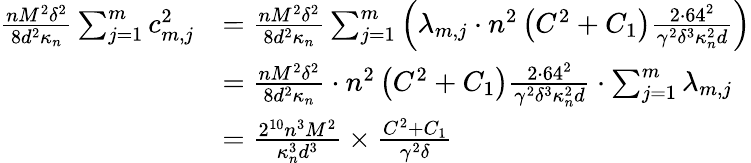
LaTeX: \begin{array}{rl}{\frac{nM^{2}\delta^{2}}{8d^{2}\kappa_{n}}\sum_{j=1}^{m}c_{m,j}^{2}}&{=\frac{nM^{2}\delta^{2}}{8d^{2}\kappa_{n}}\sum_{j=1}^{m}\left(\lambda_{m,j}\cdot n^{2}\left(C^{2}+C_{1}\right)\frac{2\cdot 64^{2}}{\gamma^{2}\delta^{3}\kappa_{n}^{2}d}\right)}\\ &{=\frac{nM^{2}\delta^{2}}{8d^{2}\kappa_{n}}\cdot n^{2}\left(C^{2}+C_{1}\right)\frac{2\cdot 64^{2}}{\gamma^{2}\delta^{3}\kappa_{n}^{2}d}\cdot\sum_{j=1}^{m}\lambda_{m,j}}\\ &{=\frac{2^{10}n^{3}M^{2}}{\kappa_{n}^{3}d^{3}}\times\frac{C^{2}+C_{1}}{\gamma^{2}\delta}}\end{array}